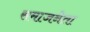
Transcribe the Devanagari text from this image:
समाजनेता